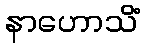
နာဟောသိံ